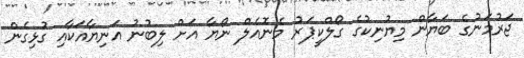
ޖަރުމަނުގެ ބަޔާން މިޔުނިކުގެ ގޯލްކީޕަރު މެނޮއެލް ނޯޔާ އަށް ލިބުނު އަނިޔާއަކާއި ގުޅިގެން